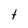
Character: t